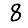
Digit: 8